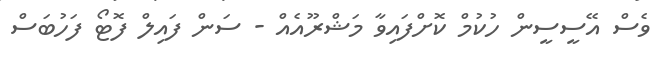
ވެސް އޭސީސީން ހުކުމް ކޮށްފައިވާ މަޝްރޫއެއް - ސަން ފައިލް ފޮޓޯ ފަހުބަސް